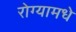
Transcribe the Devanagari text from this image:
रोग्यामधे